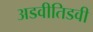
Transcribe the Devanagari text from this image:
अडवीतिडवी